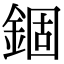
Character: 錮